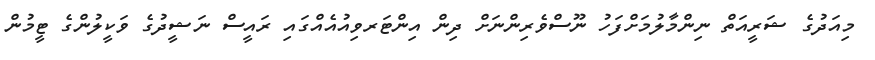
މިއަދުގެ ޝަރީއަތް ނިންމާލުމަށްފަހު ނޫސްވެރިންނަށް ދިން އިންޓަރވިއުއެއްގައި ރައީސް ނަޝީދުގެ ވަކީލުންގެ ޓީމުން